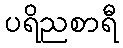
ပရိညစာရီ